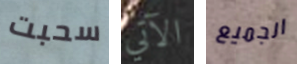
سحبت الآتي الجميع